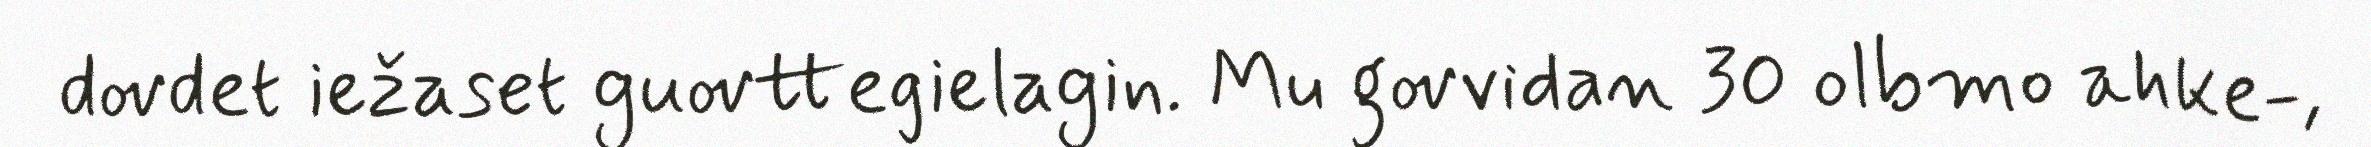
dovdet iežaset guovttegielagin. Mu govvidan 30 olbmo ahke-,